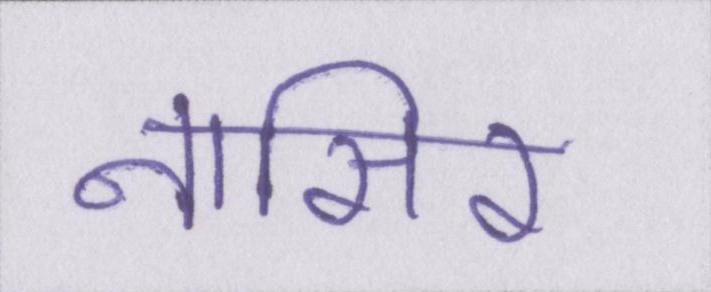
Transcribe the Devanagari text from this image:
नासिर